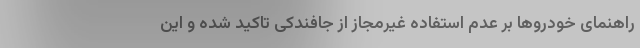
راهنمای خودروها بر عدم استفاده غیرمجاز از جافندکی تاکید شده و این